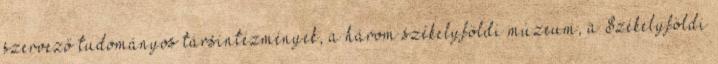
szervező tudományos társintézmények, a három székelyföldi múzeum, a Székelyföldi